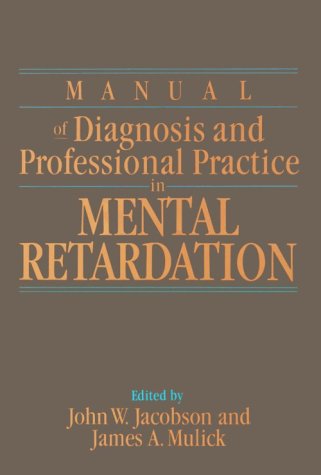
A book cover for Manual of Diagnosis and Professional Practice in Mental Retardation; Law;